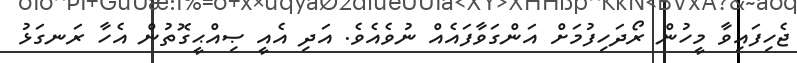
ޖެހިފައިވާ މީހުން ރޯދަހިފުމަށް އަންގަވާފައެއް ނުވެއެވެ. އަދި އެއީ ޞިއްޙީގޮތުން އެހާ ރަނގަޅު